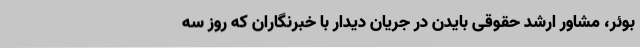
بوئر، مشاور ارشد حقوقی بایدن در جریان دیدار با خبرنگاران که روز سه